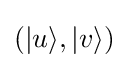
(|u\rangle ,|v\rangle )